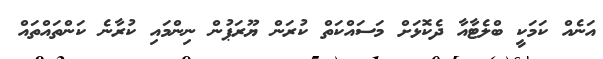
އަނެއް ކަމަކީ ބްލެޓާއާ ދެކޮޅަށް މަސައްކަތް ކުރަން ޔޫރަޕުން ނިންމައި ކުރާނެ ކަންތައްތައް